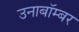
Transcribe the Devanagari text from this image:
उनाबॉम्बर